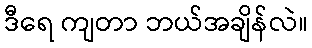
ဒီရေ ကျတာ ဘယ်အချိန်လဲ။